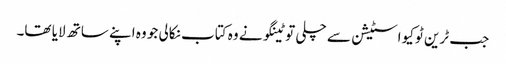
جب ٹرین ٹوکیو اسٹیشن سے چلی تو ٹینگو نے وہ کتاب نکالی جو وہ اپنے ساتھ لایا تھا۔